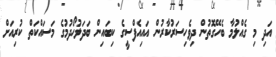
އަދި މި ގެއްލުމާ ބެހޭގޮތުން ދިވެހިސަރުކާރުން އައިއެފްސީގެ ކިބައިން ބަދަލުހޯދުމުގެ މަސައްކަތް ކުރިއަށް